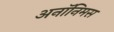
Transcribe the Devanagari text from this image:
अनॉनिमस